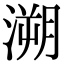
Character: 溯